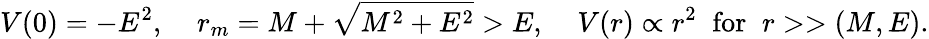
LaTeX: V(0)=-E^{2},\; \; \; \; r_{m}=M+\sqrt{M^{2}+E^{2}}>E,\; \; \; \; V(r)\propto r^{2}\; \; \mathrm{for}\; \; r>>(M,E).